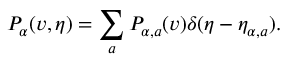
P _ { \alpha } ( \boldsymbol { v } , \eta ) = \sum _ { a } P _ { \alpha , a } ( \boldsymbol { v } ) \delta ( \eta - \eta _ { \alpha , a } ) .